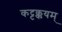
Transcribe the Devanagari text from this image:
कट्टक्कयम्